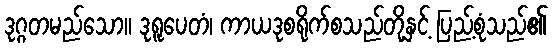
ဒုဂ္ဂတမည်သော။ ဒုရူပေတံ၊ ကာယဒုစရိုက်စသည်တို့နှင့် ပြည့်စုံသည်၏